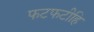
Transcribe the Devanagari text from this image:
फटफटीहि